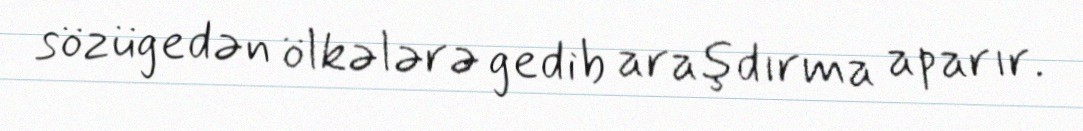
sözügedən ölkələrə gedib araşdırma aparır.